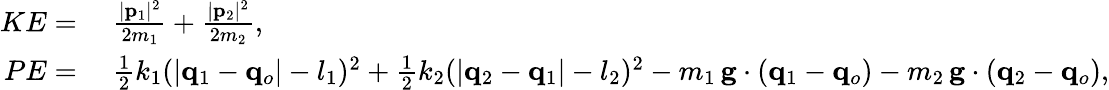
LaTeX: \begin{array}{rl}{KE=}&{{}\; \frac{|\mathbf{p}_{1}|^{2}}{2m_{1}}+\frac{|\mathbf{p}_{2}|^{2}}{2m_{2}},}\\ {PE=}&{{}\; \frac 12k_{1}(|\mathbf{q}_{1}-\mathbf{q}_{o}|-l_{1})^{2}+\frac 12k_{2}(|\mathbf{q}_{2}-\mathbf{q}_{1}|-l_{2})^{2}-m_{1}\, \mathbf{g}\cdot(\mathbf{q}_{1}-\mathbf{q}_{o})-m_{2}\, \mathbf{g}\cdot(\mathbf{q}_{2}-\mathbf{q}_{o}),}\end{array}